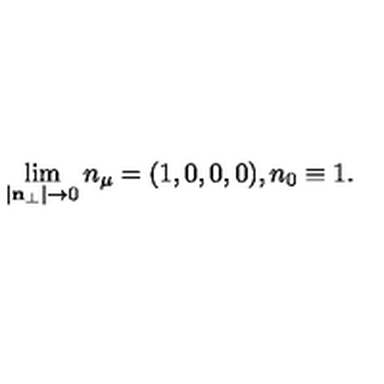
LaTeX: \lim _ { | { \bf n } _ { \perp } | \to 0 } n _ { \mu } = ( 1 , 0 , 0 , 0 ) , n _ { 0 } \equiv 1 .